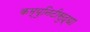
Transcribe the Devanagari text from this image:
कम्युनिटीसुद्धा